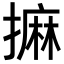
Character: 𢳀